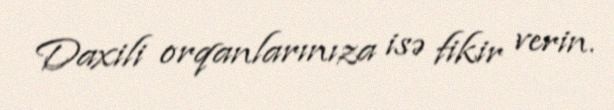
Daxili orqanlarınıza isə fikir verin.